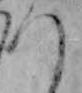
つ